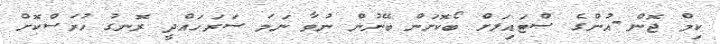
ކިމް ޖޮން-އުންގެ ސްޓައިލަށް ބޯކޮށަން ބޭނުން ނުވާ ނަމަ ސަރަހައްދީ ރޮނގު ހުރަސްކޮށް